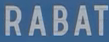
RABAT